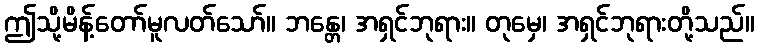
ဤသို့မိန့်တော်မူလတ်သော်။ ဘန္တေ၊ အရှင်ဘုရား။ တုမှေ၊ အရှင်ဘုရားတို့သည်။